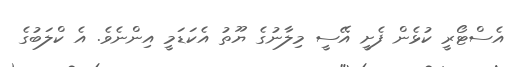
އެސްޓޯރީ ކުޅެން ފެށީ އޭސީ މިލާނުގެ ޔޫތު އެކަޑަމީ އިންނެވެ. އެ ކްލަބުގެ